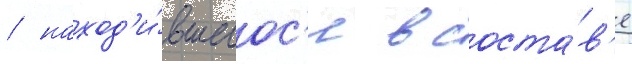
/ наход'и́вшегос'я в соста́в'е